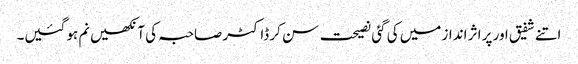
اتنے شفیق اور پر اثر انداز میں کی گئی نصیحت سن کر ڈاکٹر صاحبہ کی آنکھیں نم ہو گئیں۔